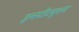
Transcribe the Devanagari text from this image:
इन्स्टीटयूशन